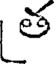
త